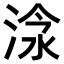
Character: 𣶗